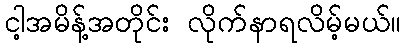
ငါ့အမိန့်အတိုင်း လိုက်နာရလိမ့်မယ်။